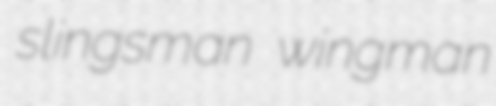
slingsman wingman